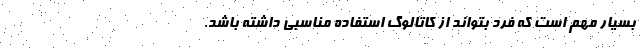
بسیار مهم است که فرد بتواند از کاتالوگ استفاده مناسبی داشته باشد.